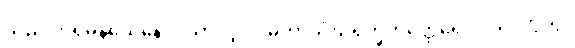
သည်။ ပုရိမနယေနေဝ၊ သာလျှင်။ မဟာသံဃရက္ခိတတ္ထေရော ဝိယ၊ ကဲ့သို့။